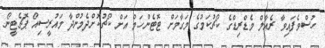
ހުސްވެފައިވާ ރެއާލް މެޑްރިޑްގެ ކޯޗުކަމުގެ މަގާމަށް ޓޮޓެންހަމް އަށް ކޯޗުކޮށްދެމުންދާ މައުރީސިއޯ ޕޮޗެޓީނޯ